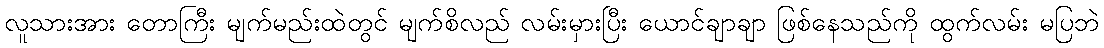
လူသားအား တောကြီး မျက်မည်းထဲတွင် မျက်စိလည် လမ်းမှားပြီး ယောင်ချာချာ ဖြစ်နေသည်ကို ထွက်လမ်း မပြဘဲ